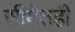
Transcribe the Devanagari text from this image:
सीमेतही